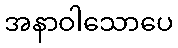
အနာဝါသောပေ